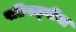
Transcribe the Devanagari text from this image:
पतिपत्‍नींना